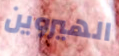
الهيروين